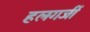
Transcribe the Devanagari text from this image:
हलगर्जी